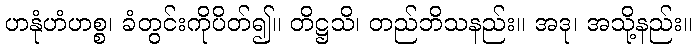
ဟနုံဟံဟစ္စ၊ ခံတွင်းကိုပိတ်၍။ တိဋ္ဌသိ၊ တည်ဘိသနည်း။ အဒု၊ အသို့နည်း။